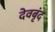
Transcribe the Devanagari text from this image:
देवबृंद